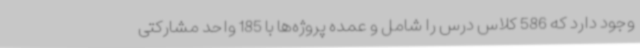
وجود دارد که 586 کلاس درس را شامل و عمده پروژه‌ها با 185 واحد مشارکتی